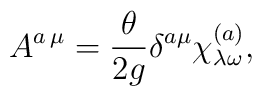
A^{a\,\mu} = \frac{\theta}{2g}\delta^{a\mu}\chi_{\lambda\omega}^{(a)},